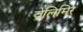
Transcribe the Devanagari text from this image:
वेलिमिर